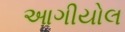
આગીયોલ